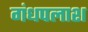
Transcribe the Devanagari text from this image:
गंधपलाश